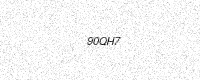
Text: 90QH7